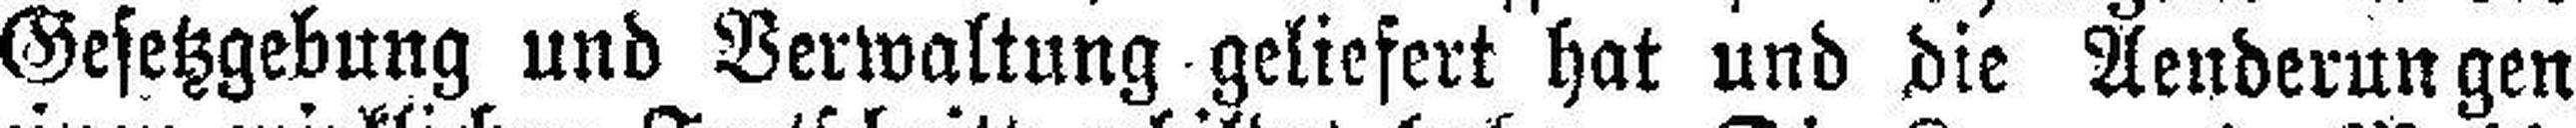
Gesetzgebung und Verwaltung geliefert hat und die Aenderungen